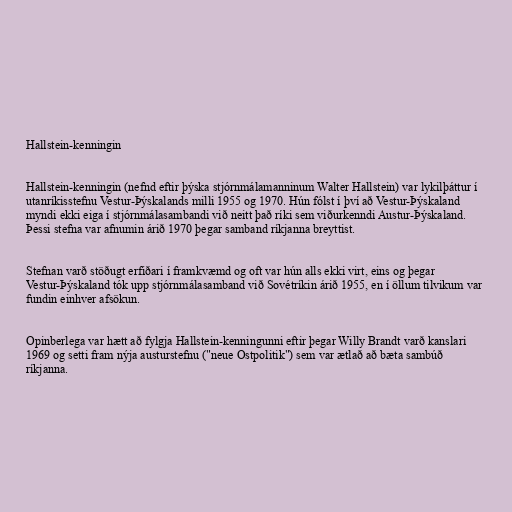
Hallstein-kenningin

Hallstein-kenningin (nefnd eftir þýska stjórnmálamanninum Walter Hallstein) var lykilþáttur í
utanríkisstefnu Vestur-Þýskalands milli 1955 og 1970. Hún fólst í því að Vestur-Þýskaland
myndi ekki eiga í stjórnmálasambandi við neitt það ríki sem viðurkenndi Austur-Þýskaland.
Þessi stefna var afnumin árið 1970 þegar samband ríkjanna breyttist.

Stefnan varð stöðugt erfiðari í framkvæmd og oft var hún alls ekki virt, eins og þegar
Vestur-Þýskaland tók upp stjórnmálasamband við Sovétríkin árið 1955, en í öllum tilvikum var
fundin einhver afsökun.

Opinberlega var hætt að fylgja Hallstein-kenningunni eftir þegar Willy Brandt varð kanslari
1969 og setti fram nýja austurstefnu ("neue Ostpolitik") sem var ætlað að bæta sambúð
ríkjanna.